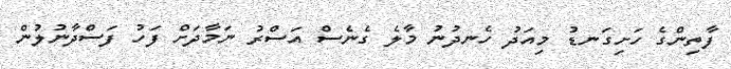
ފާތިންގެ ހަށިގަނޑު މިއަދު ހެނދުނު މާލެ ގެނެސް އަސްރު ނަމާދަށް ފަހު ފަސްދާނުލުން